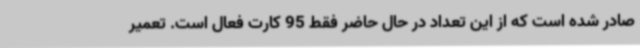
صادر شده است که از این تعداد در حال حاضر فقط 95 کارت فعال است. تعمیر